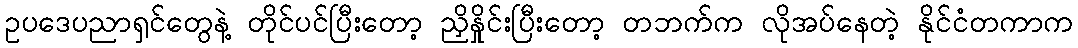
ဥပဒေပညာရှင်တွေနဲ့ တိုင်ပင်ပြီးတော့ ညှိနှိုင်းပြီးတော့ တဘက်က လိုအပ်နေတဲ့ နိုင်ငံတကာက